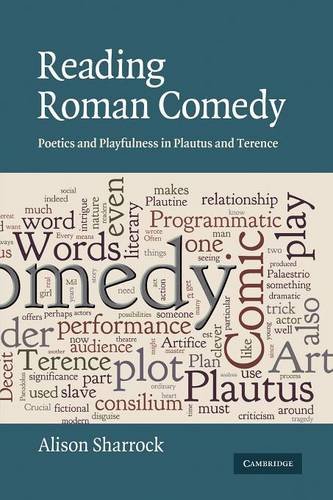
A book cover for Reading Roman Comedy: Poetics and Playfulness in Plautus and Terence (The W. B. Stanford Memorial Lectures); Alison Sharrock; Literature & Fiction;